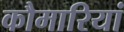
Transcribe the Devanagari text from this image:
कौमारियां